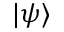
\vert \psi \rangle